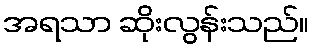
အရသာ ဆိုးလွန်းသည်။